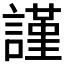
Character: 謹